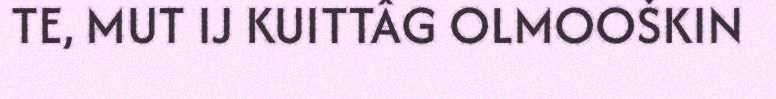
TE, MUT IJ KUITTÂG OLMOOŠKIN